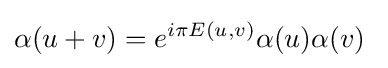
\alpha (u+v)=e^{i\pi E(u,v)}\alpha (u)\alpha (v)\